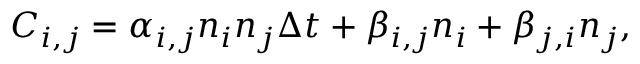
C _ { i , j } = \alpha _ { i , j } n _ { i } n _ { j } \Delta t + \beta _ { i , j } n _ { i } + \beta _ { j , i } n _ { j } ,